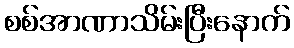
စစ်အာဏာသိမ်းပြီးနောက်